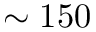
\sim 1 5 0